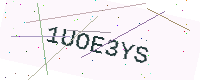
Text: 1UOE3YS